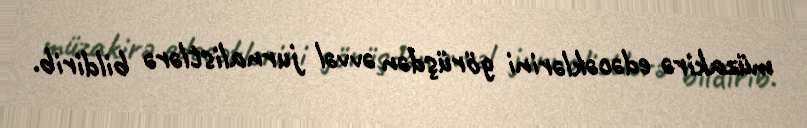
müzakirə edəcəklərini görüşdən əvvəl jurnalistlərə bildirib.